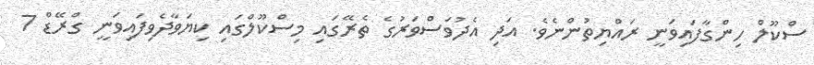
ސްކޫލް ހިންގާފައިވަނީ ރައްޔިތުންނެވެ. އަދި އެދުވަސްވަރުގެ ތެރޭގައި މިސްކޫލްގައި ކިޔަވާދެވިފައިވަނީ ގްރޭޑް 7